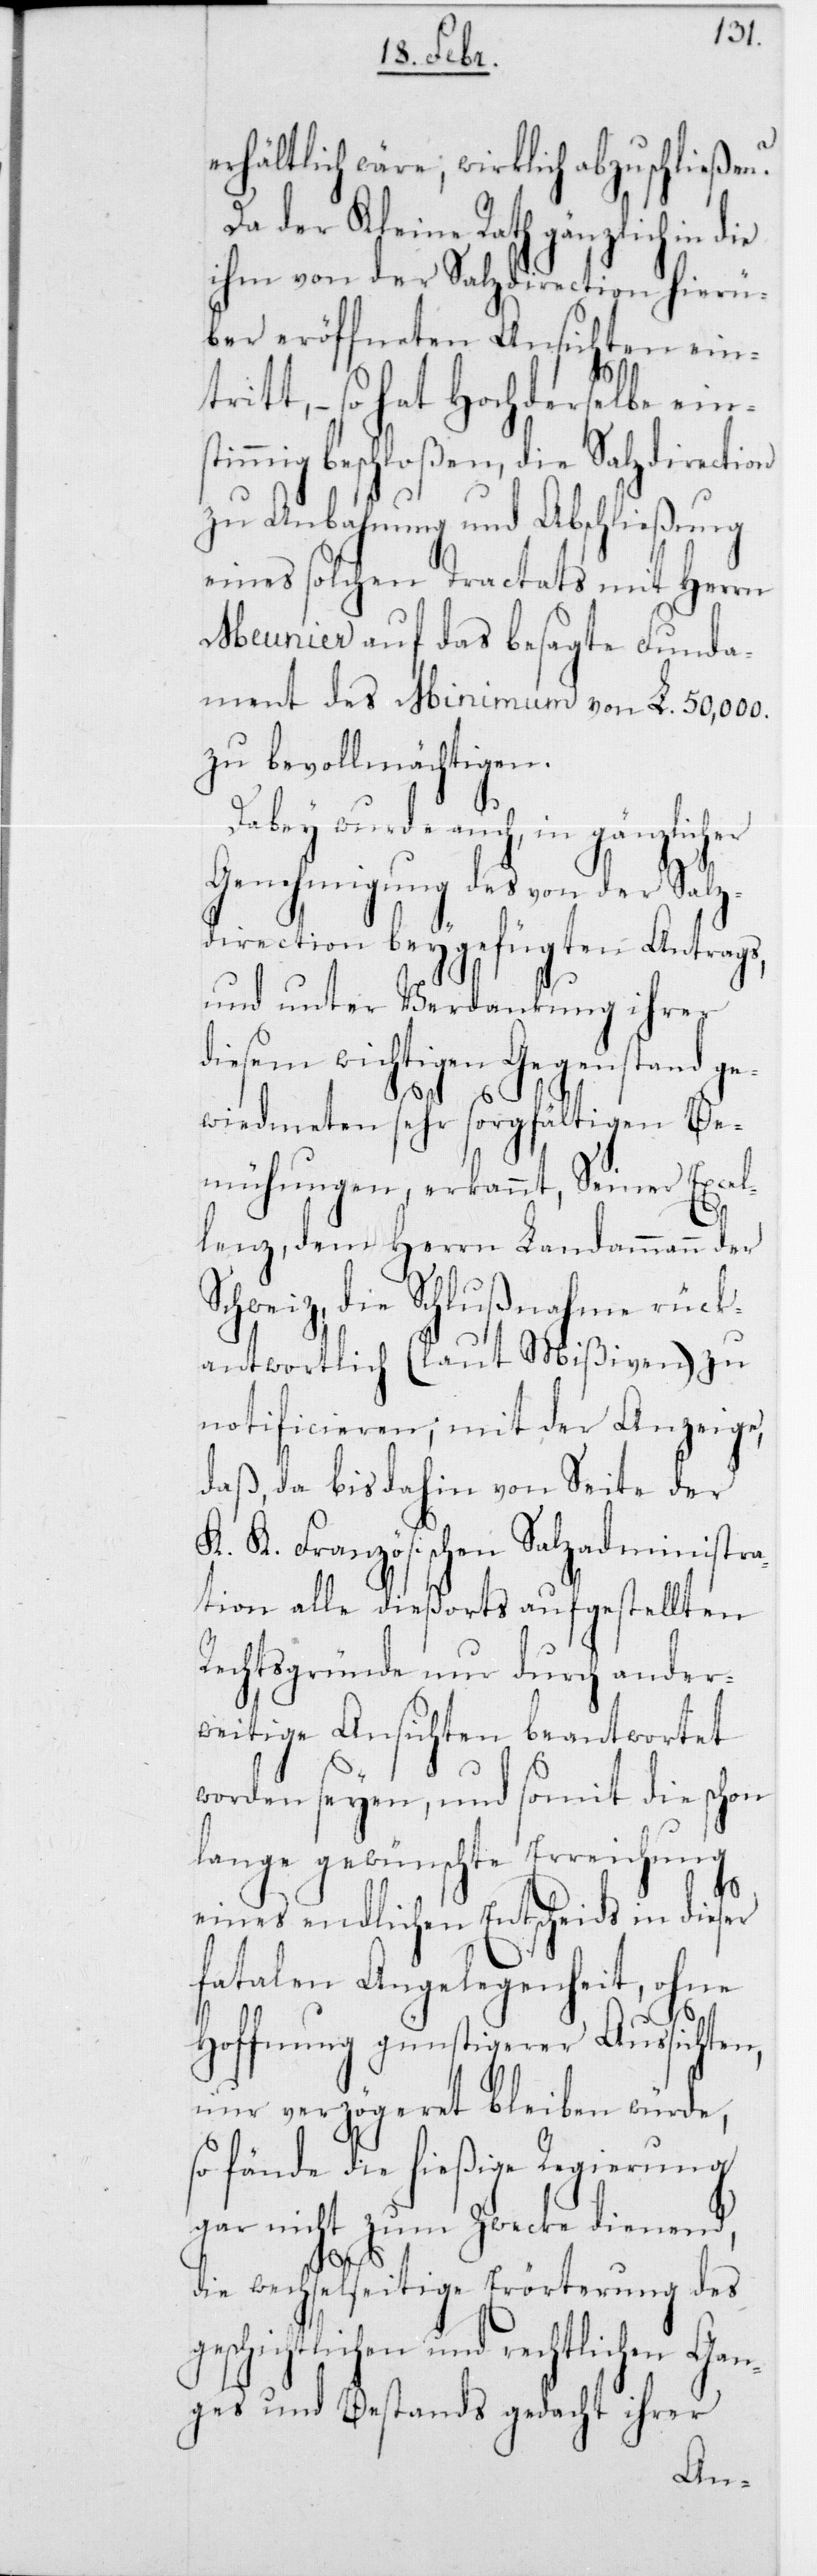
erhältlich wäre, wirklich abzuschließen.
Da der Kleine Rath gänzlich in
ihm von der Salzdirection hierü¬
ber eröffneten Ansichten eintr¬
itt, – so hat Hochderselbe ein¬
timmig beschloßen, die Salzdirection
zu Anbahnung und Abschließung
eines solchen Tractats mit Herrn
Meunier auf das besagte Funda¬
ment des Minimum von L. 50,000
zu bevollmächtigen.
Dabei wurde auch, in gänzlicher
Genehmigung des von der Salz¬
direction beygefügten Antrags,
und unter Verdankung ihrer
diesem wichtigen Gegenstand ge¬
widmeten sehr sorgfältigen Be¬
mühungen, erkannt, Seiner Excel¬
lenz, dem Herrn Landammann der
Schweiz, die Schlußnahme rück¬
antwortlich (laut Mißiven) zu
notificieren; mit der Anzeige,
daß da bis dahin von Seite der
K. K. Französischen Salzadministra¬
tion alle dießorts aufgestellten
Rechtsgründe nur durch ander¬
weitige Ansichten beantwortet
worden seyen, und somit die schon
lange gewünschte Erreichung
s¬
eines endlichen Entscheids in dieser
fatalen Angelegenheit, ohne
Hoffnung günstigerer Aussichten,
nur verzögeret bleiben würde,
so fände die hießige Regierung
gar nicht zum Zwecke dienend,
gesc¬
die wechselseitige Erörterung des
hichtlichen und rechtlichen Gan¬
ges und Bestands gedacht ihrer